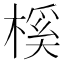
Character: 榽